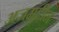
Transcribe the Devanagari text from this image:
अजमुद्दीन